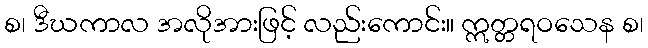
စ၊ ဒီဃကာလ အလိုအားဖြင့် လည်းကောင်း။ ဣတ္တရဝသေန စ၊